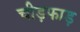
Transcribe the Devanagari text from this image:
चीड़फाड़